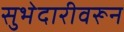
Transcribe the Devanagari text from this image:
सुभेदारीवरून